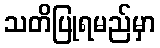
သတိပြုရမည်မှာ